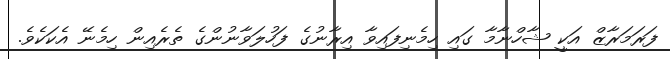
ފަރަމަރާޒް އަކީ ޝާހްނާމާ ގައި ހިމެނިފައިވާ އިރާނުގެ ފަހުލަވާނުންގެ ތެރެއިން ހިމެނޭ އެކަކެވެ.